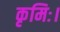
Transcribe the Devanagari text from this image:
कृमिः।